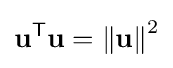
\mathbf {u} ^{\mathsf {T}}\mathbf {u} =\left\|\mathbf {u} \right\|^{2}